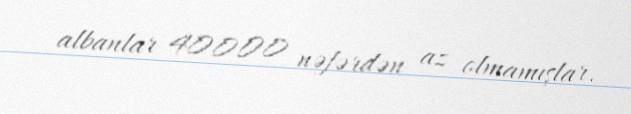
albanlar 40000 nəfərdən az olmamışlar.